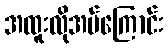
အထူးလိုအပ်ကြောင်း